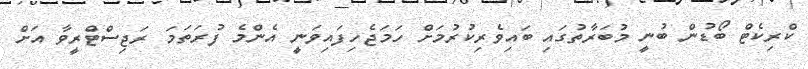
ކްރިކެޓް ބޯޑުން ބުނީ މުބަރާތުގައި ބައިވެރިކުރުމަށް ހަމަޖެހިފައިވަނީ އެންމެ ފުރަތަމަ ރަޖިސްޓްރީވާ އަށް